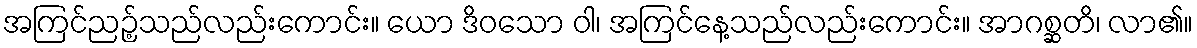
အကြင်ညဉ့်သည်လည်းကောင်း။ ယော ဒိဝသော ဝါ၊ အကြင်နေ့သည်လည်းကောင်း။ အာဂစ္ဆတိ၊ လာ၏။